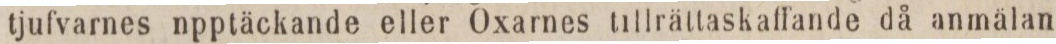
tjufvarnes npptäckande eller Oxarnes tillrättaskaffande då anmälan